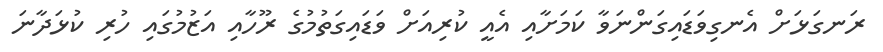
ރަނގަޅަށް އެނގިވަޑައިގަންނަވާ ކަމަށާއި އެއީ ކުރިއަށް ވަޑައިގަތުމުގެ ރޫހާއި އަޒުމުގައި ހުރި ކުޅަދާނަ